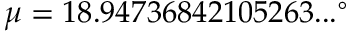
\mu = 1 8 . 9 4 7 3 6 8 4 2 1 0 5 2 6 3 . . . ^ { \circ }